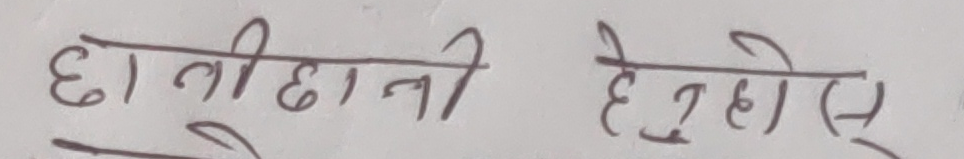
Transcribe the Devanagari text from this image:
छातीहानी हेरे